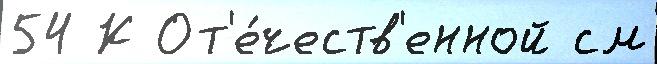
54 К От'е́честв'енной см